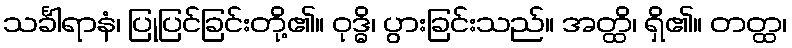
သင်္ခါရာနံ၊ ပြုပြင်ခြင်းတို့၏။ ဝုဒ္ဓိ၊ ပွားခြင်းသည်။ အတ္ထိ၊ ရှိ၏။ တတ္ထ၊